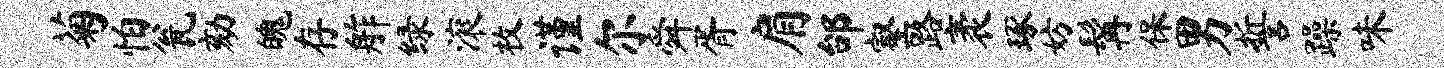
菊怕瓮劾魄存舴绿滚枚谨尔舜胥肩邰壑路袤琢妨髯保男誓躁味